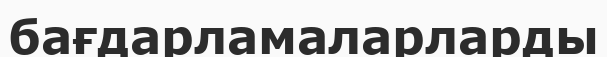
бағдарламаларларды